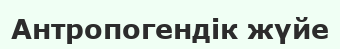
Антропогендік жүйе